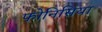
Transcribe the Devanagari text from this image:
फोनिसिया